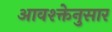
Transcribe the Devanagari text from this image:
आवश्क्तेनुसार